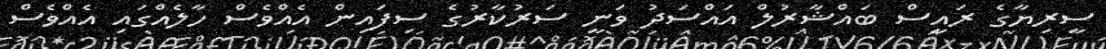
ސީރިޔާގެ ރައީސް ބައްޝާރުލް އައްސަދު ވަނީ ސަރުކާރުގެ ސިފައިން އެއްވެސް ހާލެއްގައި އެއްވެސް